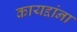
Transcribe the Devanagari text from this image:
कायद्दांना